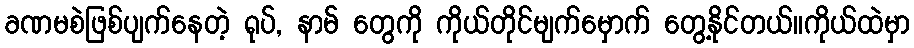
ခဏမစဲဖြစ်ပျက်နေတဲ့ ရုပ်, နာမ် တွေကို ကိုယ်တိုင်မျက်မှောက် တွေ့နိုင်တယ်။ကိုယ်ထဲမှာ